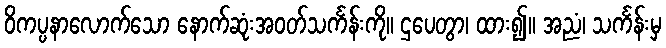
ဝိကပ္ပနာလောက်သော နောက်ဆုံးအဝတ်သင်္ကန်းကို။ ဌပေတွာ၊ ထား၍။ အညံ၊ သင်္ကန်းမှ